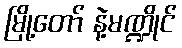
မြို့တော် နဲ့မဏ္ဍိုင်